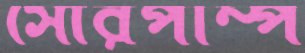
সৌরপাম্প